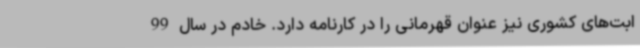
ابت‌های کشوری نیز عنوان قهرمانی را در کارنامه دارد. خادم در سال 99